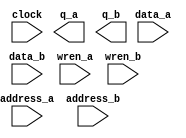
// megafunction wizard: %RAM: 2-PORT%VBB%
// GENERATION: STANDARD
// VERSION: WM1.0
// MODULE: altsyncram 

// ============================================================
// Megafunction Name(s):
// 			altsyncram
//
// Simulation Library Files(s):
// 			altera_mf
// ============================================================
// ************************************************************
// THIS IS A WIZARD-GENERATED FILE. DO NOT EDIT THIS FILE!
//
// 8.0 Build 231 07/10/2008 SP 1 SJ Web Edition
// ************************************************************

//Copyright (C) 1991-2008 Altera Corporation
//Your use of Altera Corporation's design tools, logic functions 
//and other software and tools, and its AMPP partner logic 
//functions, and any output files from any of the foregoing 
//(including device programming or simulation files), and any 
//associated documentation or information are expressly subject 
//to the terms and conditions of the Altera Program License 
//Subscription Agreement, Altera MegaCore Function License 
//Agreement, or other applicable license agreement, including, 
//without limitation, that your use is for the sole purpose of 
//programming logic devices manufactured by Altera and sold by 
//Altera or its authorized distributors.  Please refer to the 
//applicable agreement for further details.

module DualMem (
	address_a,
	address_b,
	clock,
	data_a,
	data_b,
	wren_a,
	wren_b,
	q_a,
	q_b);

	input	[7:0]  address_a;
	input	[7:0]  address_b;
	input	  clock;
	input	[7:0]  data_a;
	input	[7:0]  data_b;
	input	  wren_a;
	input	  wren_b;
	output	[7:0]  q_a;
	output	[7:0]  q_b;

endmodule

// ============================================================
// CNX file retrieval info
// ============================================================
// Retrieval info: PRIVATE: ADDRESSSTALL_A NUMERIC "0"
// Retrieval info: PRIVATE: ADDRESSSTALL_B NUMERIC "0"
// Retrieval info: PRIVATE: BYTEENA_ACLR_A NUMERIC "0"
// Retrieval info: PRIVATE: BYTEENA_ACLR_B NUMERIC "0"
// Retrieval info: PRIVATE: BYTE_ENABLE_A NUMERIC "0"
// Retrieval info: PRIVATE: BYTE_ENABLE_B NUMERIC "0"
// Retrieval info: PRIVATE: BYTE_SIZE NUMERIC "8"
// Retrieval info: PRIVATE: BlankMemory NUMERIC "0"
// Retrieval info: PRIVATE: CLOCK_ENABLE_INPUT_A NUMERIC "0"
// Retrieval info: PRIVATE: CLOCK_ENABLE_INPUT_B NUMERIC "0"
// Retrieval info: PRIVATE: CLOCK_ENABLE_OUTPUT_A NUMERIC "0"
// Retrieval info: PRIVATE: CLOCK_ENABLE_OUTPUT_B NUMERIC "0"
// Retrieval info: PRIVATE: CLRdata NUMERIC "0"
// Retrieval info: PRIVATE: CLRq NUMERIC "0"
// Retrieval info: PRIVATE: CLRrdaddress NUMERIC "0"
// Retrieval info: PRIVATE: CLRrren NUMERIC "0"
// Retrieval info: PRIVATE: CLRwraddress NUMERIC "0"
// Retrieval info: PRIVATE: CLRwren NUMERIC "0"
// Retrieval info: PRIVATE: Clock NUMERIC "0"
// Retrieval info: PRIVATE: Clock_A NUMERIC "0"
// Retrieval info: PRIVATE: Clock_B NUMERIC "0"
// Retrieval info: PRIVATE: ECC NUMERIC "0"
// Retrieval info: PRIVATE: IMPLEMENT_IN_LES NUMERIC "0"
// Retrieval info: PRIVATE: INDATA_ACLR_B NUMERIC "0"
// Retrieval info: PRIVATE: INDATA_REG_B NUMERIC "1"
// Retrieval info: PRIVATE: INIT_FILE_LAYOUT STRING "PORT_A"
// Retrieval info: PRIVATE: INIT_TO_SIM_X NUMERIC "0"
// Retrieval info: PRIVATE: INTENDED_DEVICE_FAMILY STRING "Cyclone II"
// Retrieval info: PRIVATE: JTAG_ENABLED NUMERIC "0"
// Retrieval info: PRIVATE: JTAG_ID STRING "NONE"
// Retrieval info: PRIVATE: MAXIMUM_DEPTH NUMERIC "0"
// Retrieval info: PRIVATE: MEMSIZE NUMERIC "2048"
// Retrieval info: PRIVATE: MEM_IN_BITS NUMERIC "0"
// Retrieval info: PRIVATE: MIFfilename STRING "data.mif"
// Retrieval info: PRIVATE: OPERATION_MODE NUMERIC "3"
// Retrieval info: PRIVATE: OUTDATA_ACLR_B NUMERIC "0"
// Retrieval info: PRIVATE: OUTDATA_REG_B NUMERIC "0"
// Retrieval info: PRIVATE: RAM_BLOCK_TYPE NUMERIC "0"
// Retrieval info: PRIVATE: READ_DURING_WRITE_MODE_MIXED_PORTS NUMERIC "1"
// Retrieval info: PRIVATE: READ_DURING_WRITE_MODE_PORT_A NUMERIC "3"
// Retrieval info: PRIVATE: READ_DURING_WRITE_MODE_PORT_B NUMERIC "3"
// Retrieval info: PRIVATE: REGdata NUMERIC "1"
// Retrieval info: PRIVATE: REGq NUMERIC "0"
// Retrieval info: PRIVATE: REGrdaddress NUMERIC "0"
// Retrieval info: PRIVATE: REGrren NUMERIC "0"
// Retrieval info: PRIVATE: REGwraddress NUMERIC "1"
// Retrieval info: PRIVATE: REGwren NUMERIC "1"
// Retrieval info: PRIVATE: SYNTH_WRAPPER_GEN_POSTFIX STRING "0"
// Retrieval info: PRIVATE: USE_DIFF_CLKEN NUMERIC "0"
// Retrieval info: PRIVATE: UseDPRAM NUMERIC "1"
// Retrieval info: PRIVATE: VarWidth NUMERIC "0"
// Retrieval info: PRIVATE: WIDTH_READ_A NUMERIC "8"
// Retrieval info: PRIVATE: WIDTH_READ_B NUMERIC "8"
// Retrieval info: PRIVATE: WIDTH_WRITE_A NUMERIC "8"
// Retrieval info: PRIVATE: WIDTH_WRITE_B NUMERIC "8"
// Retrieval info: PRIVATE: WRADDR_ACLR_B NUMERIC "0"
// Retrieval info: PRIVATE: WRADDR_REG_B NUMERIC "1"
// Retrieval info: PRIVATE: WRCTRL_ACLR_B NUMERIC "0"
// Retrieval info: PRIVATE: enable NUMERIC "0"
// Retrieval info: PRIVATE: rden NUMERIC "0"
// Retrieval info: CONSTANT: ADDRESS_REG_B STRING "CLOCK0"
// Retrieval info: CONSTANT: CLOCK_ENABLE_INPUT_A STRING "BYPASS"
// Retrieval info: CONSTANT: CLOCK_ENABLE_INPUT_B STRING "BYPASS"
// Retrieval info: CONSTANT: CLOCK_ENABLE_OUTPUT_A STRING "BYPASS"
// Retrieval info: CONSTANT: CLOCK_ENABLE_OUTPUT_B STRING "BYPASS"
// Retrieval info: CONSTANT: INDATA_REG_B STRING "CLOCK0"
// Retrieval info: CONSTANT: INIT_FILE STRING "data.mif"
// Retrieval info: CONSTANT: INTENDED_DEVICE_FAMILY STRING "Cyclone II"
// Retrieval info: CONSTANT: LPM_TYPE STRING "altsyncram"
// Retrieval info: CONSTANT: NUMWORDS_A NUMERIC "256"
// Retrieval info: CONSTANT: NUMWORDS_B NUMERIC "256"
// Retrieval info: CONSTANT: OPERATION_MODE STRING "BIDIR_DUAL_PORT"
// Retrieval info: CONSTANT: OUTDATA_ACLR_A STRING "NONE"
// Retrieval info: CONSTANT: OUTDATA_ACLR_B STRING "NONE"
// Retrieval info: CONSTANT: OUTDATA_REG_A STRING "UNREGISTERED"
// Retrieval info: CONSTANT: OUTDATA_REG_B STRING "UNREGISTERED"
// Retrieval info: CONSTANT: POWER_UP_UNINITIALIZED STRING "FALSE"
// Retrieval info: CONSTANT: READ_DURING_WRITE_MODE_MIXED_PORTS STRING "OLD_DATA"
// Retrieval info: CONSTANT: WIDTHAD_A NUMERIC "8"
// Retrieval info: CONSTANT: WIDTHAD_B NUMERIC "8"
// Retrieval info: CONSTANT: WIDTH_A NUMERIC "8"
// Retrieval info: CONSTANT: WIDTH_B NUMERIC "8"
// Retrieval info: CONSTANT: WIDTH_BYTEENA_A NUMERIC "1"
// Retrieval info: CONSTANT: WIDTH_BYTEENA_B NUMERIC "1"
// Retrieval info: CONSTANT: WRCONTROL_WRADDRESS_REG_B STRING "CLOCK0"
// Retrieval info: USED_PORT: address_a 0 0 8 0 INPUT NODEFVAL address_a[7..0]
// Retrieval info: USED_PORT: address_b 0 0 8 0 INPUT NODEFVAL address_b[7..0]
// Retrieval info: USED_PORT: clock 0 0 0 0 INPUT NODEFVAL clock
// Retrieval info: USED_PORT: data_a 0 0 8 0 INPUT NODEFVAL data_a[7..0]
// Retrieval info: USED_PORT: data_b 0 0 8 0 INPUT NODEFVAL data_b[7..0]
// Retrieval info: USED_PORT: q_a 0 0 8 0 OUTPUT NODEFVAL q_a[7..0]
// Retrieval info: USED_PORT: q_b 0 0 8 0 OUTPUT NODEFVAL q_b[7..0]
// Retrieval info: USED_PORT: wren_a 0 0 0 0 INPUT VCC wren_a
// Retrieval info: USED_PORT: wren_b 0 0 0 0 INPUT VCC wren_b
// Retrieval info: CONNECT: @data_a 0 0 8 0 data_a 0 0 8 0
// Retrieval info: CONNECT: @wren_a 0 0 0 0 wren_a 0 0 0 0
// Retrieval info: CONNECT: q_a 0 0 8 0 @q_a 0 0 8 0
// Retrieval info: CONNECT: q_b 0 0 8 0 @q_b 0 0 8 0
// Retrieval info: CONNECT: @address_a 0 0 8 0 address_a 0 0 8 0
// Retrieval info: CONNECT: @data_b 0 0 8 0 data_b 0 0 8 0
// Retrieval info: CONNECT: @address_b 0 0 8 0 address_b 0 0 8 0
// Retrieval info: CONNECT: @wren_b 0 0 0 0 wren_b 0 0 0 0
// Retrieval info: CONNECT: @clock0 0 0 0 0 clock 0 0 0 0
// Retrieval info: LIBRARY: altera_mf altera_mf.altera_mf_components.all
// Retrieval info: GEN_FILE: TYPE_NORMAL DualMem.v TRUE
// Retrieval info: GEN_FILE: TYPE_NORMAL DualMem.inc FALSE
// Retrieval info: GEN_FILE: TYPE_NORMAL DualMem.cmp FALSE
// Retrieval info: GEN_FILE: TYPE_NORMAL DualMem.bsf TRUE FALSE
// Retrieval info: GEN_FILE: TYPE_NORMAL DualMem_inst.v FALSE
// Retrieval info: GEN_FILE: TYPE_NORMAL DualMem_bb.v TRUE
// Retrieval info: GEN_FILE: TYPE_NORMAL DualMem_waveforms.html TRUE
// Retrieval info: GEN_FILE: TYPE_NORMAL DualMem_wave*.jpg FALSE
// Retrieval info: LIB_FILE: altera_mf